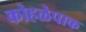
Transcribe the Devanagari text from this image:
कोहळेपाक